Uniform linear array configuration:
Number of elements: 4
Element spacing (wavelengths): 0.25
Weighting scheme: hamming
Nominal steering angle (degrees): -45
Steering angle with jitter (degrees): -46.929
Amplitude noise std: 0.05
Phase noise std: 0.05

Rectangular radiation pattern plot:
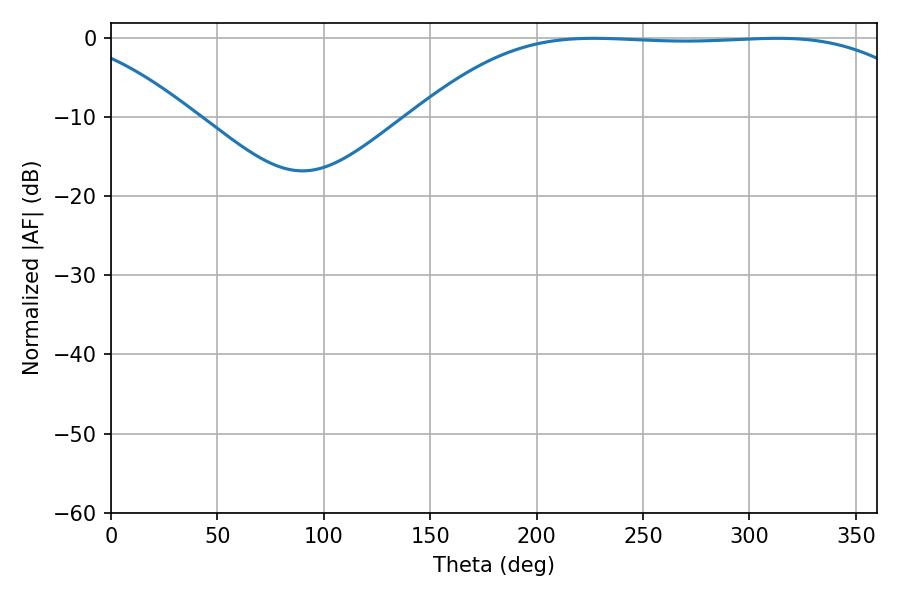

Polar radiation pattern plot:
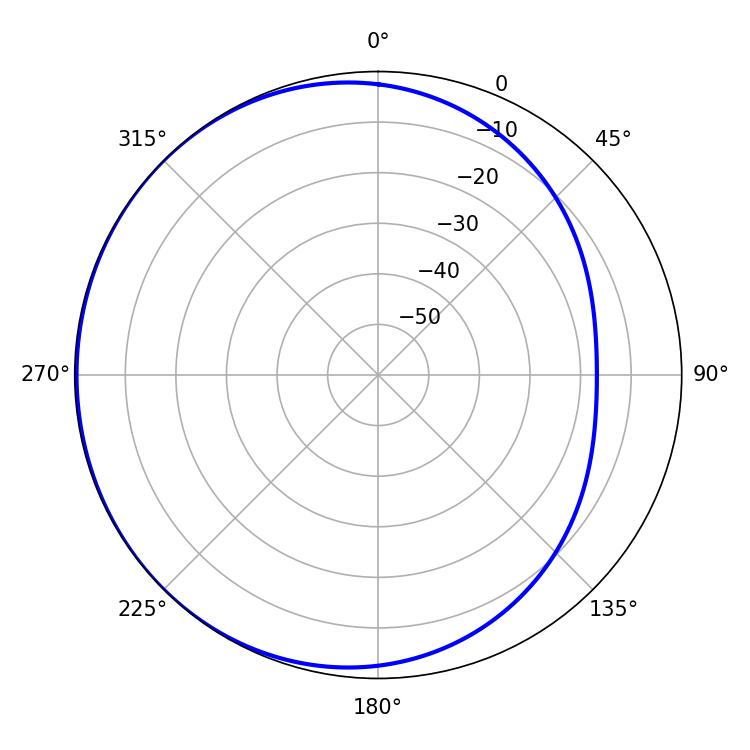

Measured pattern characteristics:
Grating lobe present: FALSE
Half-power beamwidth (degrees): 183.6
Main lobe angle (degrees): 226.8